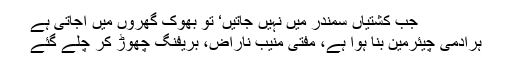
جب کشتیاں سمندر میں نہیں جاتیں‘ تو بھوک گھروں میں آجاتی ہے
ہرآدمی چیئرمین بنا ہوا ہے، مفتی منیب ناراض، بریفنگ چھوڑ کر چلے گئے